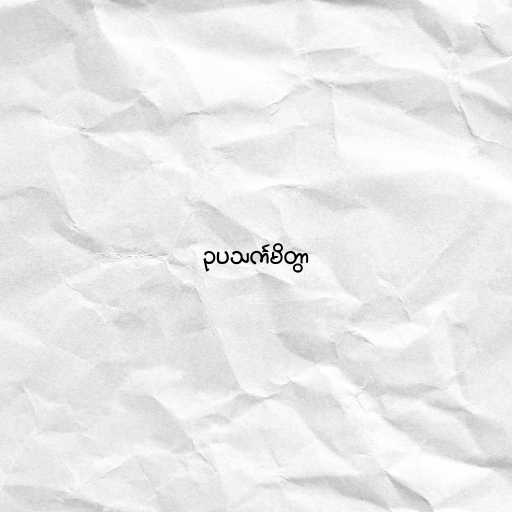
ဥပသင်္ကမိတွာ